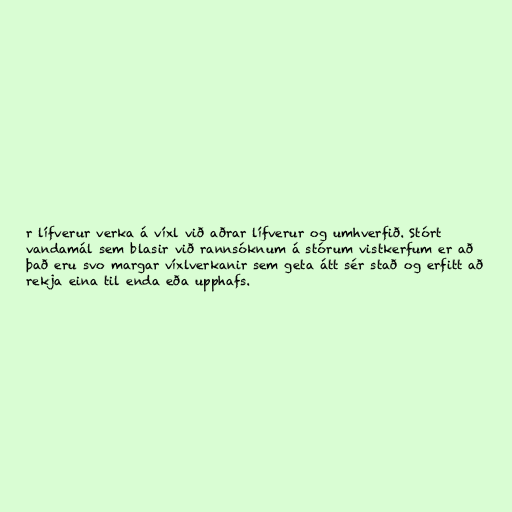
r lífverur verka á víxl við aðrar lífverur og umhverfið. Stórt
vandamál sem blasir við rannsóknum á stórum vistkerfum er að
það eru svo margar víxlverkanir sem geta átt sér stað og erfitt að
rekja eina til enda eða upphafs.